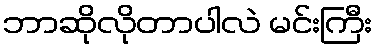
ဘာဆိုလိုတာပါလဲ မင်းကြီး